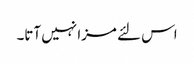
اس لئے مزا نہیں آتا۔